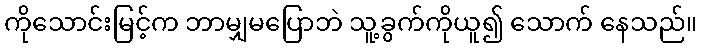
ကိုသောင်းမြင့်က ဘာမျှမပြောဘဲ သူ့ခွက်ကိုယူ၍ သောက် နေသည်။